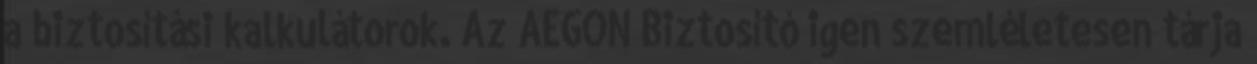
a biztosítási kalkulátorok. Az AEGON Biztosító igen szemléletesen tárja